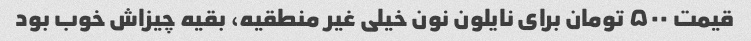
قیمت ۵۰۰ تومان برای نایلون نون خیلی غیر منطقیه، بقیه چیزاش خوب بود